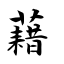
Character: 藉